Indian journal of veterinary science and animal husbandry - Volumes 18-21, 1948-1951
Year: 1948
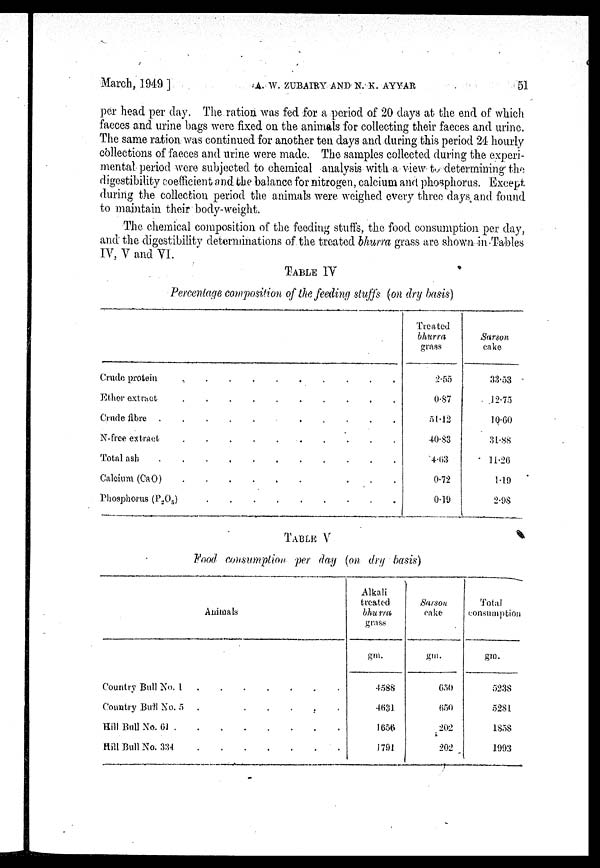
March, 1949 ]
A.
W.
ZUBAIBY
AND
N.
K.
AYYAR
51
per head per day. The ration was fed for a period of 20 days at the end of which
faeces and urine bags were fixed on the animals for collecting their faeces and urine.
The same ration was continued for another ten days and during this period 24 hourly
collections of faeces and urine were made. The samples collected during the experi-
mental period were subjected to chemical analysis with a view to determining the
digestibility coefficient and the balance for nitrogen, calcium and phosphorus. Except
during the collection period the animals were weighed every three days and found
to maintain their body-weight.
The chemical composition of the feeding stuffs, the food consumption per day,
and the digestibility determinations of the treated bhurra grass are shown in Tables
IV, V and VI.
TABLE IV
Percentage composition of the feeding stuffs (on dry basis)
Crude protein . . . . . . . . . .
Ether extract . . . . . . . . . .
Crnde fibre . . . . . . . . . .
N-free extract . . . . . . . . . .
Total ash . . . . . . . . . .
Calcium (CaO) . . . . . . . . . .
Phosphorus (P 2 O 5 ) . . . . . . . . . .
Treated
bhurra
grass
2.55
0.87
51.12
40.83
4.63
0.72
0.19
Sarson
cake
33.53
12.75
10.60
31.88
11.26
1.19
2.98
TABLE V
Food consumption per day (on dry basis)
Animals
Country Bull No. 1 . . . . . . . . . .
Country Bull No. 5 . . . . . . . . . .
Hill Bull No. 61 . . . . . . . . . .
Hill Bull No. 334 . . . . . . . . . .
Alkali
treated
bhurra
grass
gm.
4588
4631
1656
1791
Sarson
cake
gm.
650
650
202
202
Total
consumption
gm.
5238
5281
1858
1993